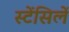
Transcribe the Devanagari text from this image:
स्टेंसिलें